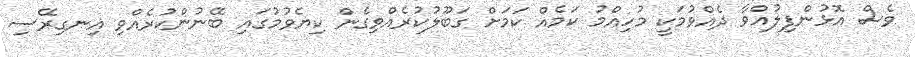
ވެސް އޮޅުންފިލުއްވާ ދެއްވުމަކީ މުހިއްމު ކަމެއް ކަމަށް ގަބޫލުކުރެއްވިގެން ކިޔެވުމުގައި ބޭނުންކުރެއްވި އިނގިރޭސި